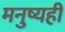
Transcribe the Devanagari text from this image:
मनुष्यही